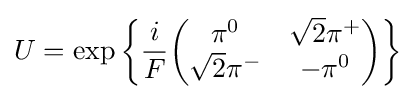
U=\exp \left\{{\frac {i}{F}}{\begin{pmatrix}\pi ^{0}&{\sqrt {2}}\pi ^{+}\\{\sqrt {2}}\pi ^{-}&-\pi ^{0}\end{pmatrix}}\right\}